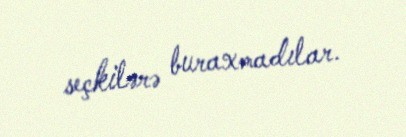
seçkilərə buraxmadılar.